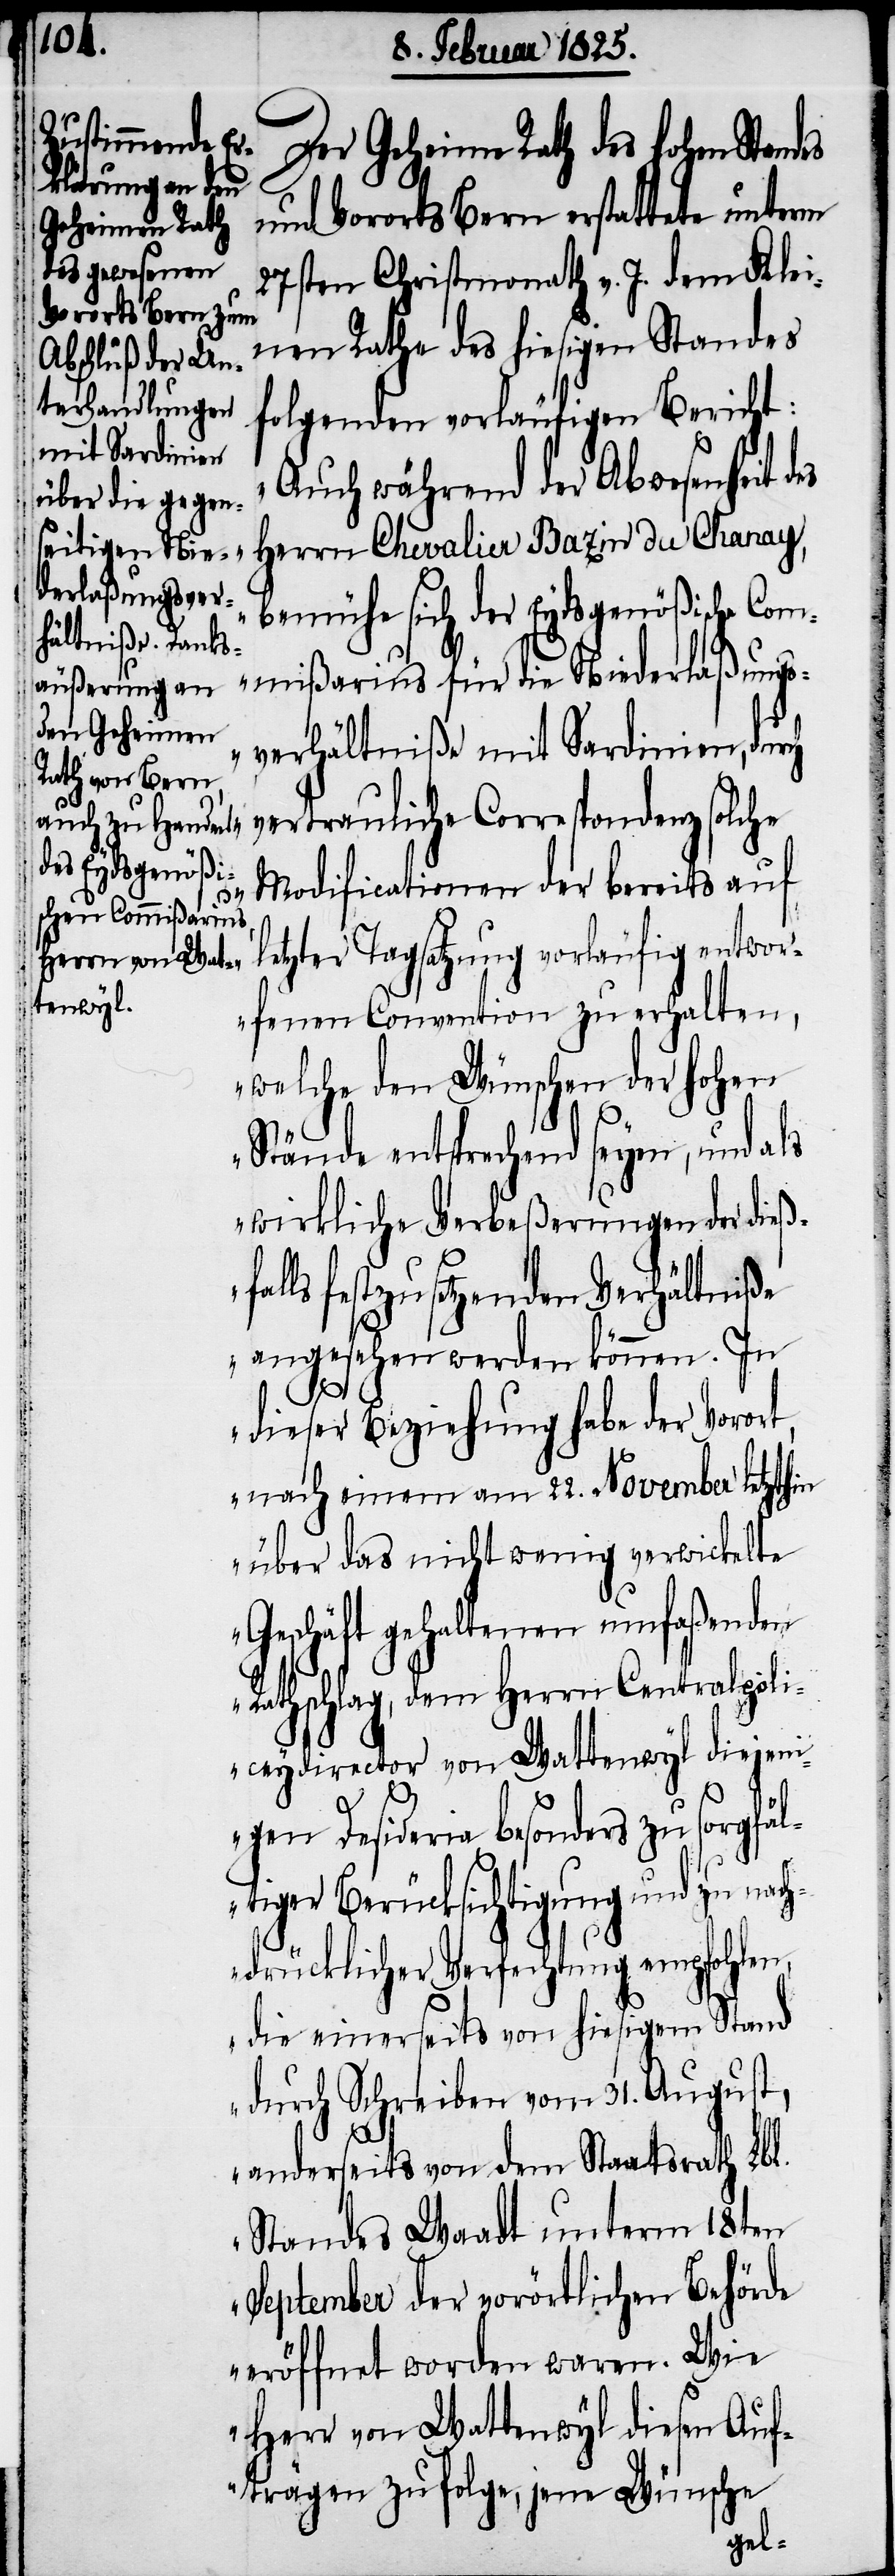
es

Der Geheime Rath des hohen Stand¬
und Vororts Bern erstattete unterm
27sten Christmonath v. J. dem Klei¬
nen Rathe des hiesigen Standes
folgenden vorläufigen Bericht:
„Auch während der Abwesenheit des
Herrn Chevalier Bazin du Chanay,
bemühe sich der Eydsgenößische Com¬
mißarius für die Niederlaßungs¬
verhältniße mit Sardinien, durch
vertrauliche Correspondenz solche
Modificationen der bereits auf
letzter Tagsatzung vorläufig entwor¬
fenen Convention zu erhalten,
welche den Wünschen der hohen
Stände entsprechend seyen, und als
wirkliche Verbeßerungen der dieß¬
falls festzusetzenden Verhältniße
angesehen werden können. In
dieser Beziehung habe der Vorort,
nach einem am 22. November letzthin
über das nicht wenig verwickelte
Geschäft gehaltenen umfaßenden
Rathschlag, dem Herrn Centralpoli¬
ceydirector von Wattenwyl diejen¬
igen Desideria besonders zu sorgfä¬
ltiger Berücksichtigung und zu nach¬
drücklicher Verfechtung empfohlen,
die einerseits von hiesigem Stand
durch Schreiben vom 31. August,
anderseits von dem Staatsrath Lbl.
Standes Waadt unterm 18ten
September der vorörtlichen Behörde
eröffnet worden waren. Wie
Herr von Wattenwyl diesen Auf¬
trägen zu folge, jene Wünsche